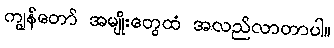
ကျွန်တော် အမျိုးတွေထံ အလည်လာတာပါ။